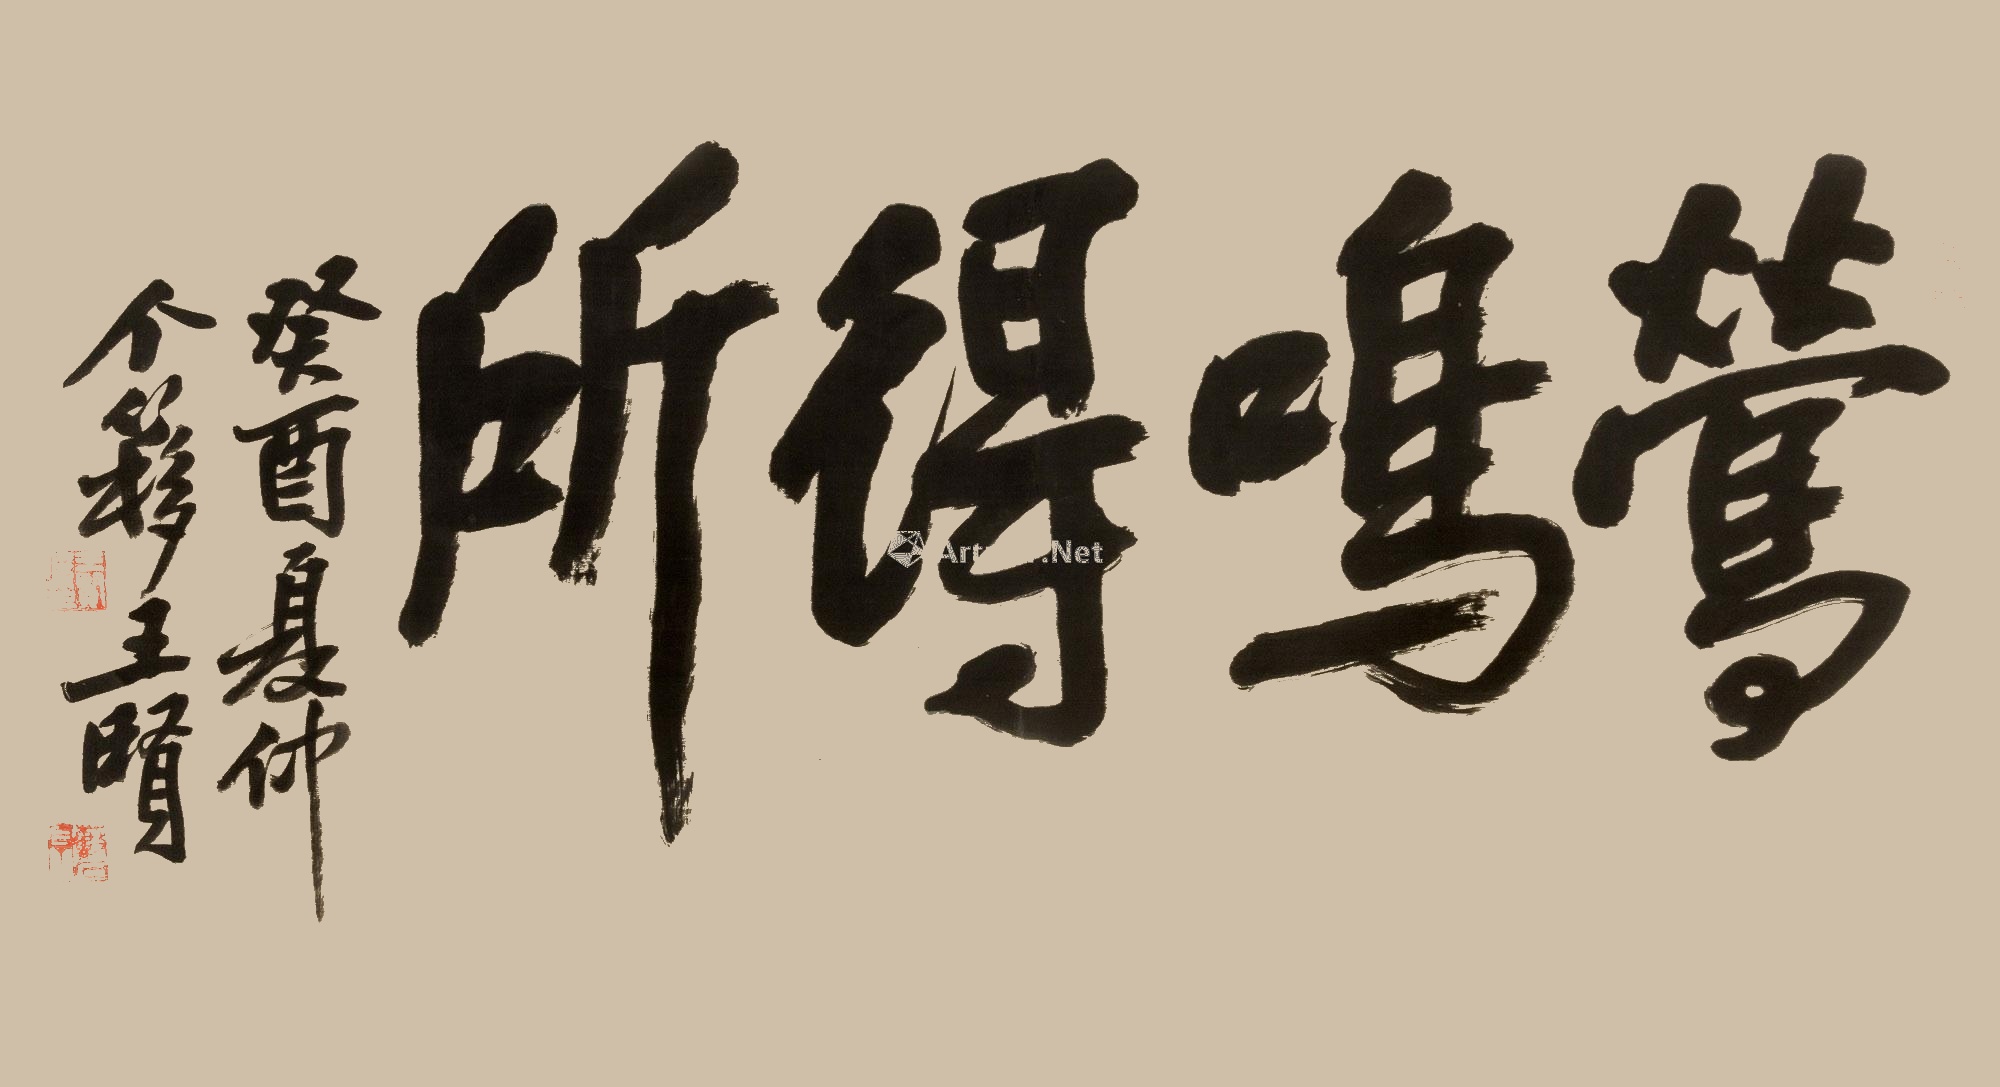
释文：莺鸣得所癸酉（1933）夏仲，个簃王贤。